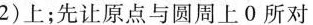
2)上；先让原点与圆周上0所对